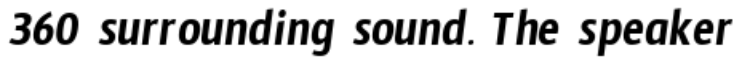
360 surrounding sound. The speaker